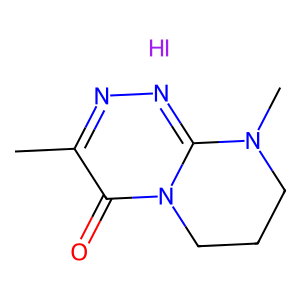
SMILES: Cc1nnc2n(c1=O)CCCN2C.I
Inhibits HIV replication: No